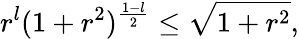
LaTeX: r^{l}(1+r^{2})^{{\frac{1-l}{2}}}\leq\sqrt{1+r^{2}},